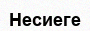
Несиеге